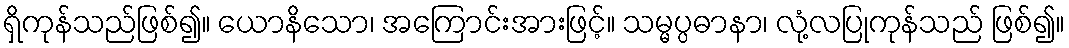
ရှိကုန်သည်ဖြစ်၍။ ယောနိသော၊ အကြောင်းအားဖြင့်။ သမ္မပ္ပဓာနာ၊ လုံ့လပြုကုန်သည် ဖြစ်၍။